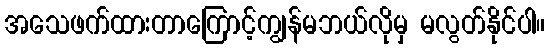
အသေဖက်ထားတာကြောင့်ကျွန်မဘယ်လိုမှ မလွတ်နိုင်ပါ။